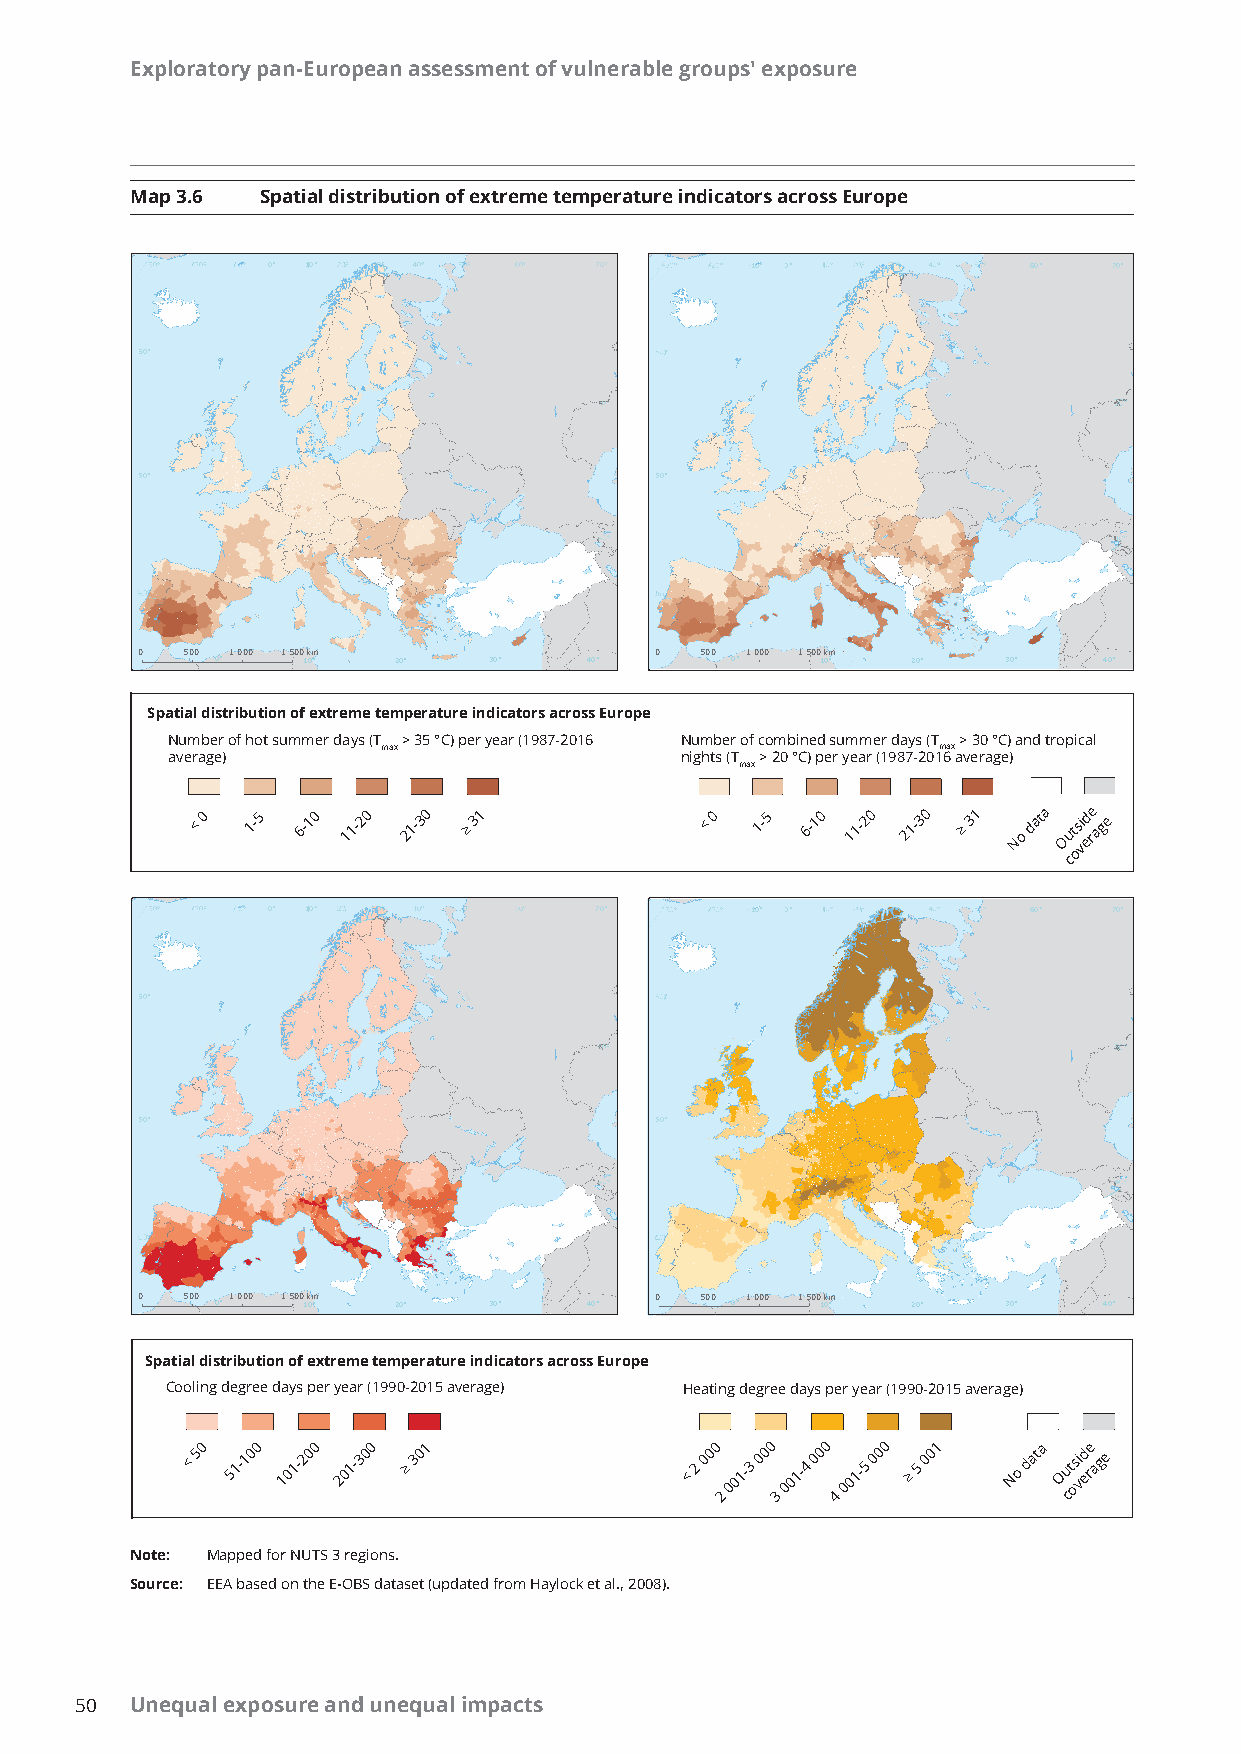
Exploratory pan-European assessment of vulnerable groups' exposure
 Map 3.6 Spatial distribution of extreme temperature indicators across Europe
 0°° 110°              0°       -1110000°°°° 0°°   60°   700°°
 60°°
 550°                              550°
 0  500 1 000 1 500km              0  500 1 000 1 500km
 0°    10°   20°   30°    40°      0°    10°   20°    30°   40°
 Spatial distribution of extreme temperature indicators across Europe
 Number of hot summer days (T > 35 °C) per year (1987-2016 Number of combined summer days (T > 30 °C) and tropical
 max                                  max
 average)                          nights (T > 20 °C) per year (1987-2016 average)
 max
 < 0 1-5 6-10 11-20 21-30 ≥ 31     < 0 1-5 6-10 11-20 21-30 ≥ 31 No data Out osi ved re age
 c
 0°° 110°             700°°     -1111000° 0°°      60°   700°°
 60°°
 550°                              550°
 0  500 1 000 1 500km              0  500 1 000 1 500km
 0°    10°   20°   30°    40°      0°    10°   20°    30°   40°
 Spatial distribution of extreme temperature indicators across Europe
 Cooling degree days per year (1990-2015 average) Heating degree days per year (1990-2015 average)
 < 50 51-100 101-200 201-300 ≥ 301 < 2 000
 2
 001-3 000
 3
 001-4 000
 4
 001-5 000 ≥ 5 001 No data Ou ct osi ved re age
 Note: Mapped for NUTS 3 regions.
 Source: EEA based on the E-OBS dataset (updated from Haylock et al., 2008).
 50  Unequal exposure and unequal impacts